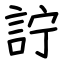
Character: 詝